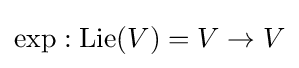
\operatorname {exp} :\operatorname {Lie} (V)=V\to V